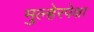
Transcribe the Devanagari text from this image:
मुल्हेरपेक्षा